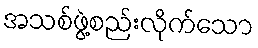
အသစ်ဖွဲ့စည်းလိုက်သော